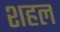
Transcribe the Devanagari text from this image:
शहल